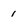
Character: 1